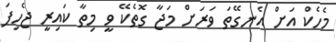
މެހެކް އަށް އެނގޭތަ ވަރަށް މަޖާ ގޮތެކޭ ވީ މިތާ ކައިރީ ޖެހިފަ